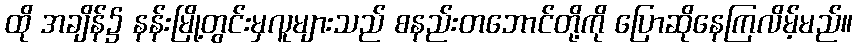
ထို အချိန်၌ နန်းမြို့တွင်းမှလူများသည် စနည်းတဘောင်တို့ကို ပြောဆိုနေကြလိမ့်မည်။